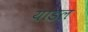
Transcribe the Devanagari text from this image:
यांडल